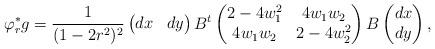
LaTeX: \begin{align*}\varphi_r^*g = \frac{1}{(1-2r^2)^2}\begin{pmatrix} dx & dy \end{pmatrix} B^t\begin{pmatrix} 2-4w_1^2 & 4w_1w_2\\ 4w_1w_2 & 2-4w_2^2\end{pmatrix}B\begin{pmatrix} dx\\ dy\end{pmatrix},\end{align*}